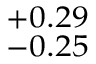
^ { + 0 . 2 9 } _ { - 0 . 2 5 }